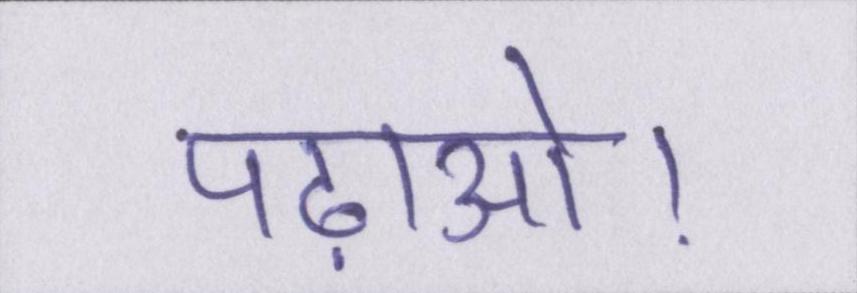
पढ़ाओ।